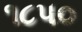
૧૮પ૦